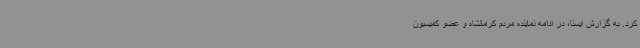
کرد. به گزارش ایسنا، در ادامه نماینده مردم کرمانشاه و عضو کمیسیون